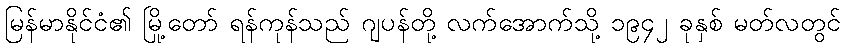
မြန်မာနိုင်ငံ၏ မြို့တော် ရန်ကုန်သည် ဂျပန်တို့ လက်အောက်သို့ ၁၉၄၂ ခုနှစ် မတ်လတွင်